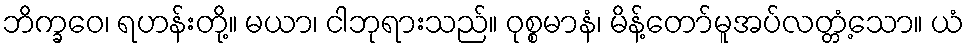
ဘိက္ခဝေ၊ ရဟန်းတို့။ မယာ၊ ငါဘုရားသည်။ ဝုစ္စမာနံ၊ မိန့်တော်မူအပ်လတ္တံ့သော။ ယံ